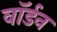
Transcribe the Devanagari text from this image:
वॉर्डन